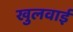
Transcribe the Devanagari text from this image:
खुलवाई